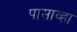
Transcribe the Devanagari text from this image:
पासाव्हा